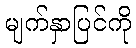
မျက်နှာပြင်ကို